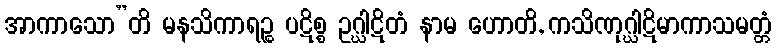
အာကာသော”တိ မနသိကာရဉ္စ ပဋိစ္စ ဥဂ္ဃါဋိတံ နာမ ဟောတိ, ကသိဏုဂ္ဃါဋိမာကာသမတ္တံ